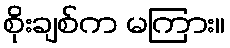
စိုးချစ်က မကြား။